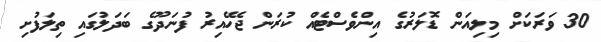
30 ވަރަކަށް މިލިއަން ޑޮލަރުގެ އިންވެސްޓެއް ކުރަން ޖެހޭއިރު ފުނަދޫގެ ބަދަލުގައި ތިލަފުށި